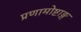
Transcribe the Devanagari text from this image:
प्रणामोष्टाङ्ग